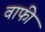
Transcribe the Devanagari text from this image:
वाफी